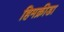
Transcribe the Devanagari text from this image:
हिमक्रीडा